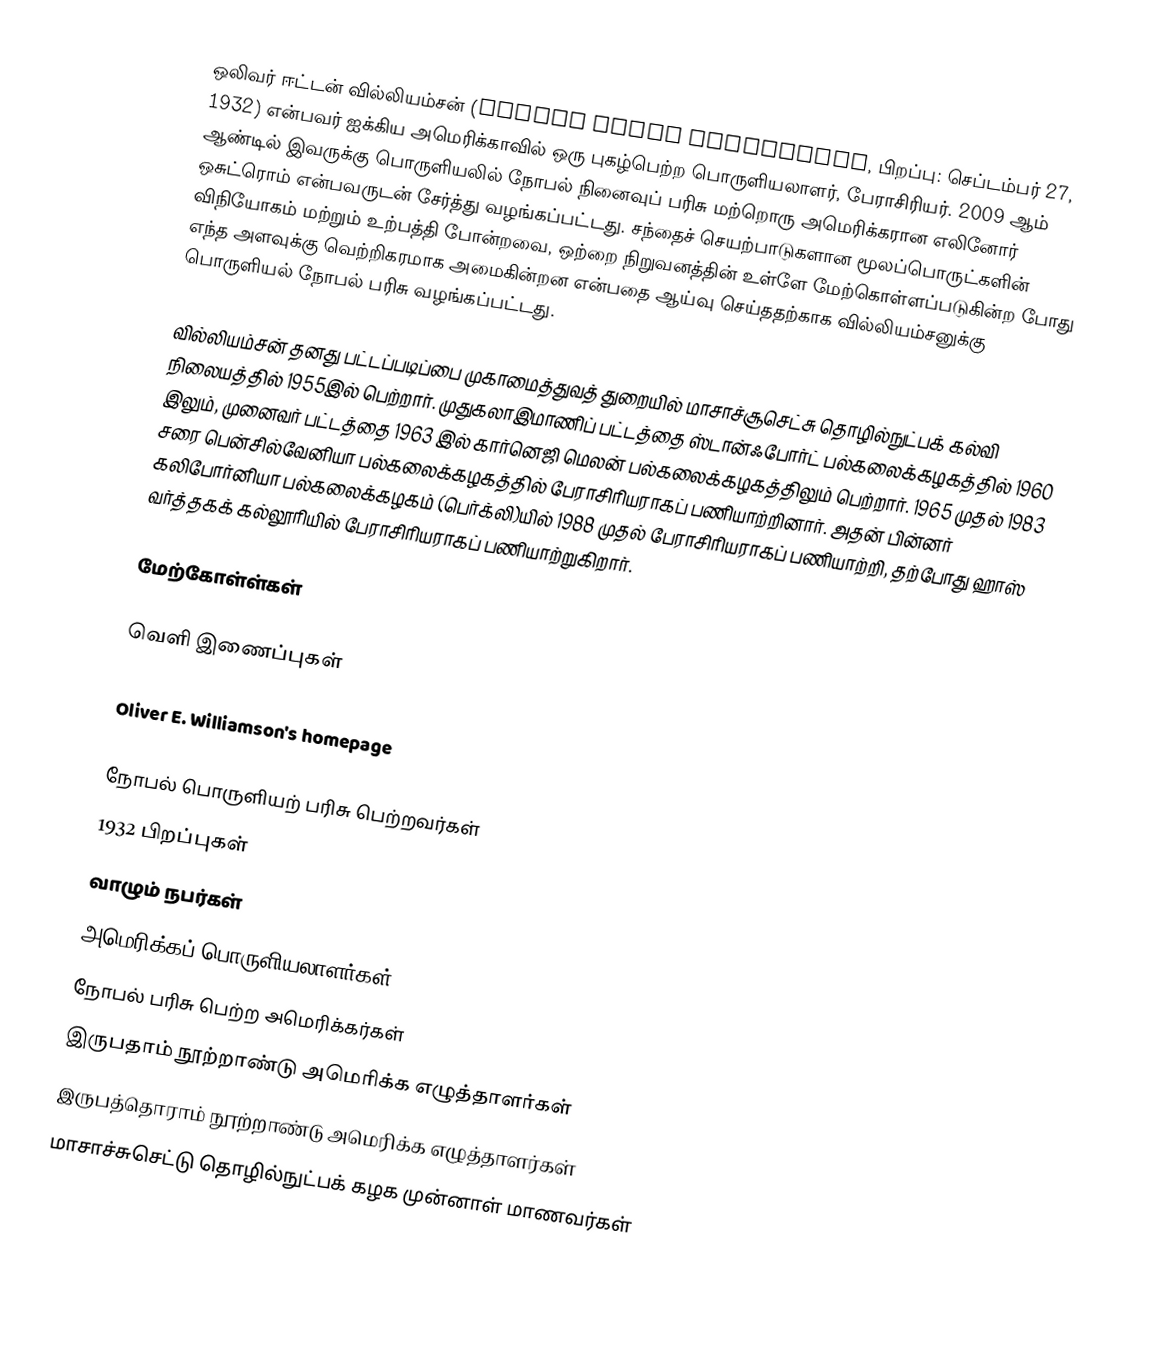
ஒலிவர் ஈட்டன் வில்லியம்சன் (Oliver Eaton Williamson, பிறப்பு: செப்டம்பர் 27, 1932) என்பவர் ஐக்கிய அமெரிக்காவில் ஒரு புகழ்பெற்ற பொருளியலாளர், பேராசிரியர். 2009 ஆம் ஆண்டில் இவருக்கு பொருளியலில் நோபல் நினைவுப் பரிசு மற்றொரு அமெரிக்கரான எலினோர் ஒசுட்ரொம் என்பவருடன் சேர்த்து வழங்கப்பட்டது. சந்தைச் செயற்பாடுகளான மூலப்பொருட்களின் விநியோகம் மற்றும் உற்பத்தி போன்றவை, ஒற்றை நிறுவனத்தின் உள்ளே மேற்கொள்ளப்படுகின்ற போது எந்த அளவுக்கு வெற்றிகரமாக அமைகின்றன என்பதை ஆய்வு செய்ததற்காக வில்லியம்சனுக்கு பொருளியல் நோபல் பரிசு வழங்கப்பட்டது.

வில்லியம்சன் தனது பட்டப்படிப்பை முகாமைத்துவத் துறையில் மாசாச்சூசெட்சு தொழில்நுட்பக் கல்வி நிலையத்தில் 1955இல் பெற்றார். முதுகலாஇமாணிப் பட்டத்தை ஸ்டான்ஃபோர்ட் பல்கலைக்கழகத்தில் 1960 இலும், முனைவர் பட்டத்தை 1963 இல் கார்னெஜி மெலன் பல்கலைக்கழகத்திலும் பெற்றார். 1965 முதல் 1983 சரை பென்சில்வேனியா பல்கலைக்கழகத்தில் பேராசிரியராகப் பணியாற்றினார். அதன் பின்னர் கலிபோர்னியா பல்கலைக்கழகம் (பெர்க்லி)யில் 1988 முதல் பேராசிரியராகப் பணியாற்றி,  தற்போது ஹாஸ் வர்த்தகக் கல்லூரியில் பேராசிரியராகப் பணியாற்றுகிறார்.

மேற்கோள்ள்கள்

வெளி இணைப்புகள்

 Oliver E. Williamson's homepage

நோபல் பொருளியற் பரிசு பெற்றவர்கள்
1932 பிறப்புகள்
வாழும் நபர்கள்
அமெரிக்கப் பொருளியலாளர்கள்
நோபல் பரிசு பெற்ற அமெரிக்கர்கள்
இருபதாம் நூற்றாண்டு அமெரிக்க எழுத்தாளர்கள்
இருபத்தொராம் நூற்றாண்டு அமெரிக்க எழுத்தாளர்கள்
மாசாச்சுசெட்டு தொழில்நுட்பக் கழக முன்னாள் மாணவர்கள்